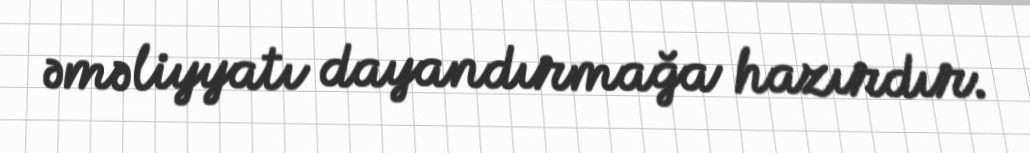
əməliyyatı dayandırmağa hazırdır.